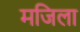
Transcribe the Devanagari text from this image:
मजिला